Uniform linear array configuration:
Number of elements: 64
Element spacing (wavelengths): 1
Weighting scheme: binomial
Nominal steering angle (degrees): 15
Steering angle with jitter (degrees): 16.467
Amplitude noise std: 0.05
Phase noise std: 0.05

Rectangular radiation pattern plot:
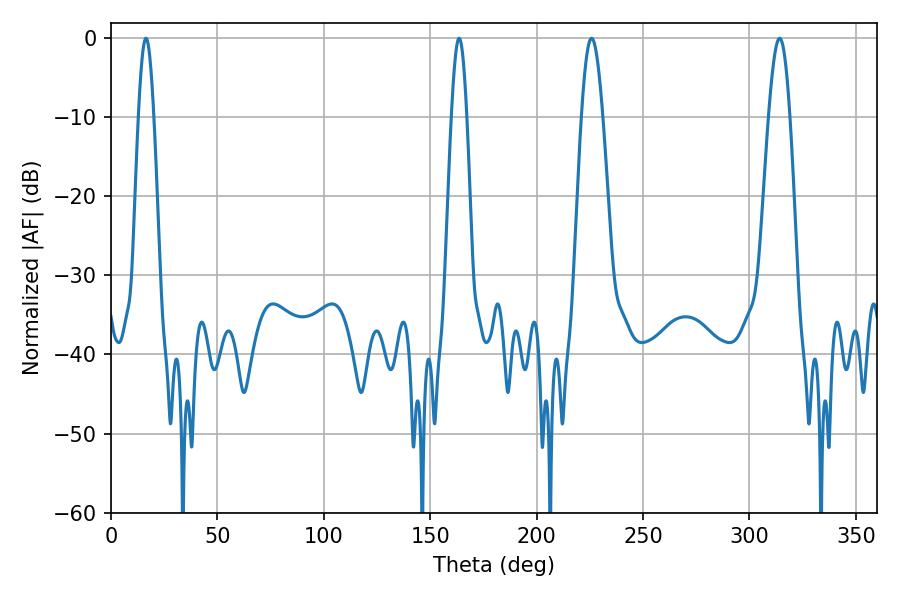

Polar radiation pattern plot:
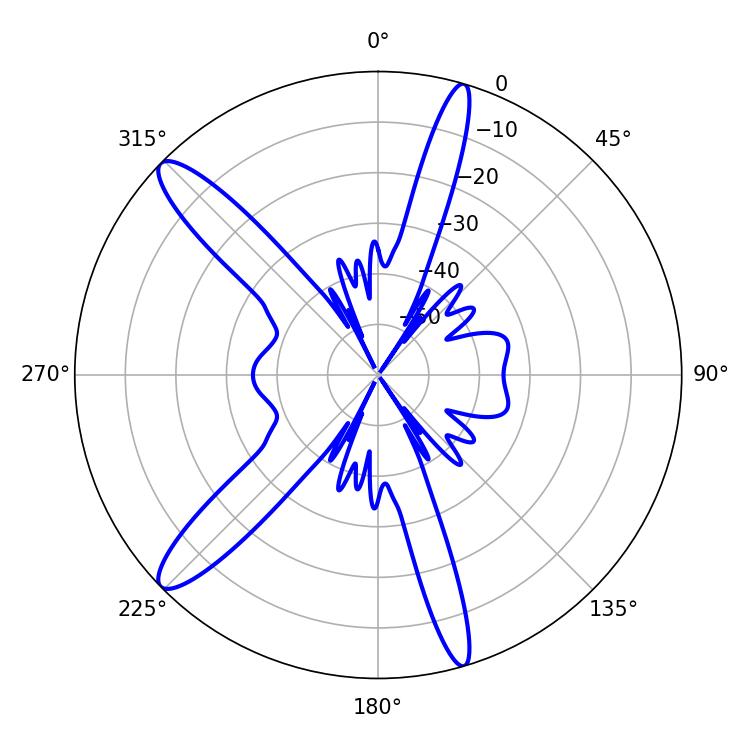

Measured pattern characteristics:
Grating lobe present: TRUE
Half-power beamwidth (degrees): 3.78
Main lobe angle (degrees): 16.38